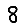
Digit: 8